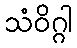
သံဝိဂ္ဂါ